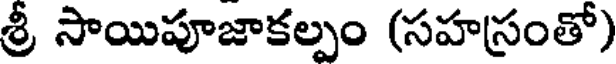
శ్రీ సాయిపూజాకల్పం (సహస్రంతో)